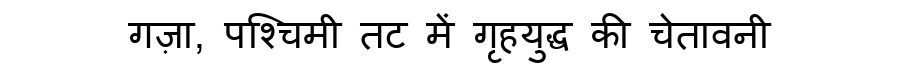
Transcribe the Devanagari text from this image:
गज़ा, पश्चिमी तट में गृहयुद्ध की चेतावनी